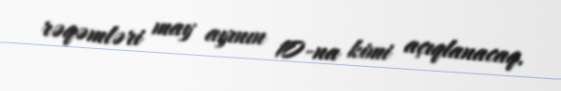
rəqəmləri may ayının 10-na kimi açıqlanacaq.